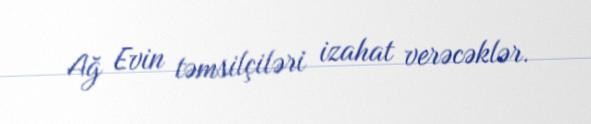
Ağ Evin təmsilçiləri izahat verəcəklər.